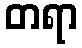
တရာ